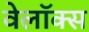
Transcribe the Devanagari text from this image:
वेलॉक्स